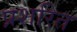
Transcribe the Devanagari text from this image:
प्रशरित